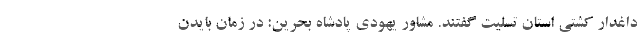
داغدار کشتی استان تسلیت گفتند. مشاور یهودی پادشاه بحرین: در زمان بایدن